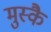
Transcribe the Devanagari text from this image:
मुस्कै